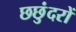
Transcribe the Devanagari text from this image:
छछुंदरों